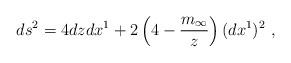
LaTeX: \begin{align*}ds^2 = 4 dz dx^1+2\left( 4-\frac{m_\infty}{z}\right)(dx^1)^2 \ ,\end{align*}